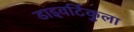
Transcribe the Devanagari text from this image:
डाइवर्टिकुला